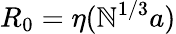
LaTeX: R_{0}=\eta(\mathbb{N}^{1/3}a)